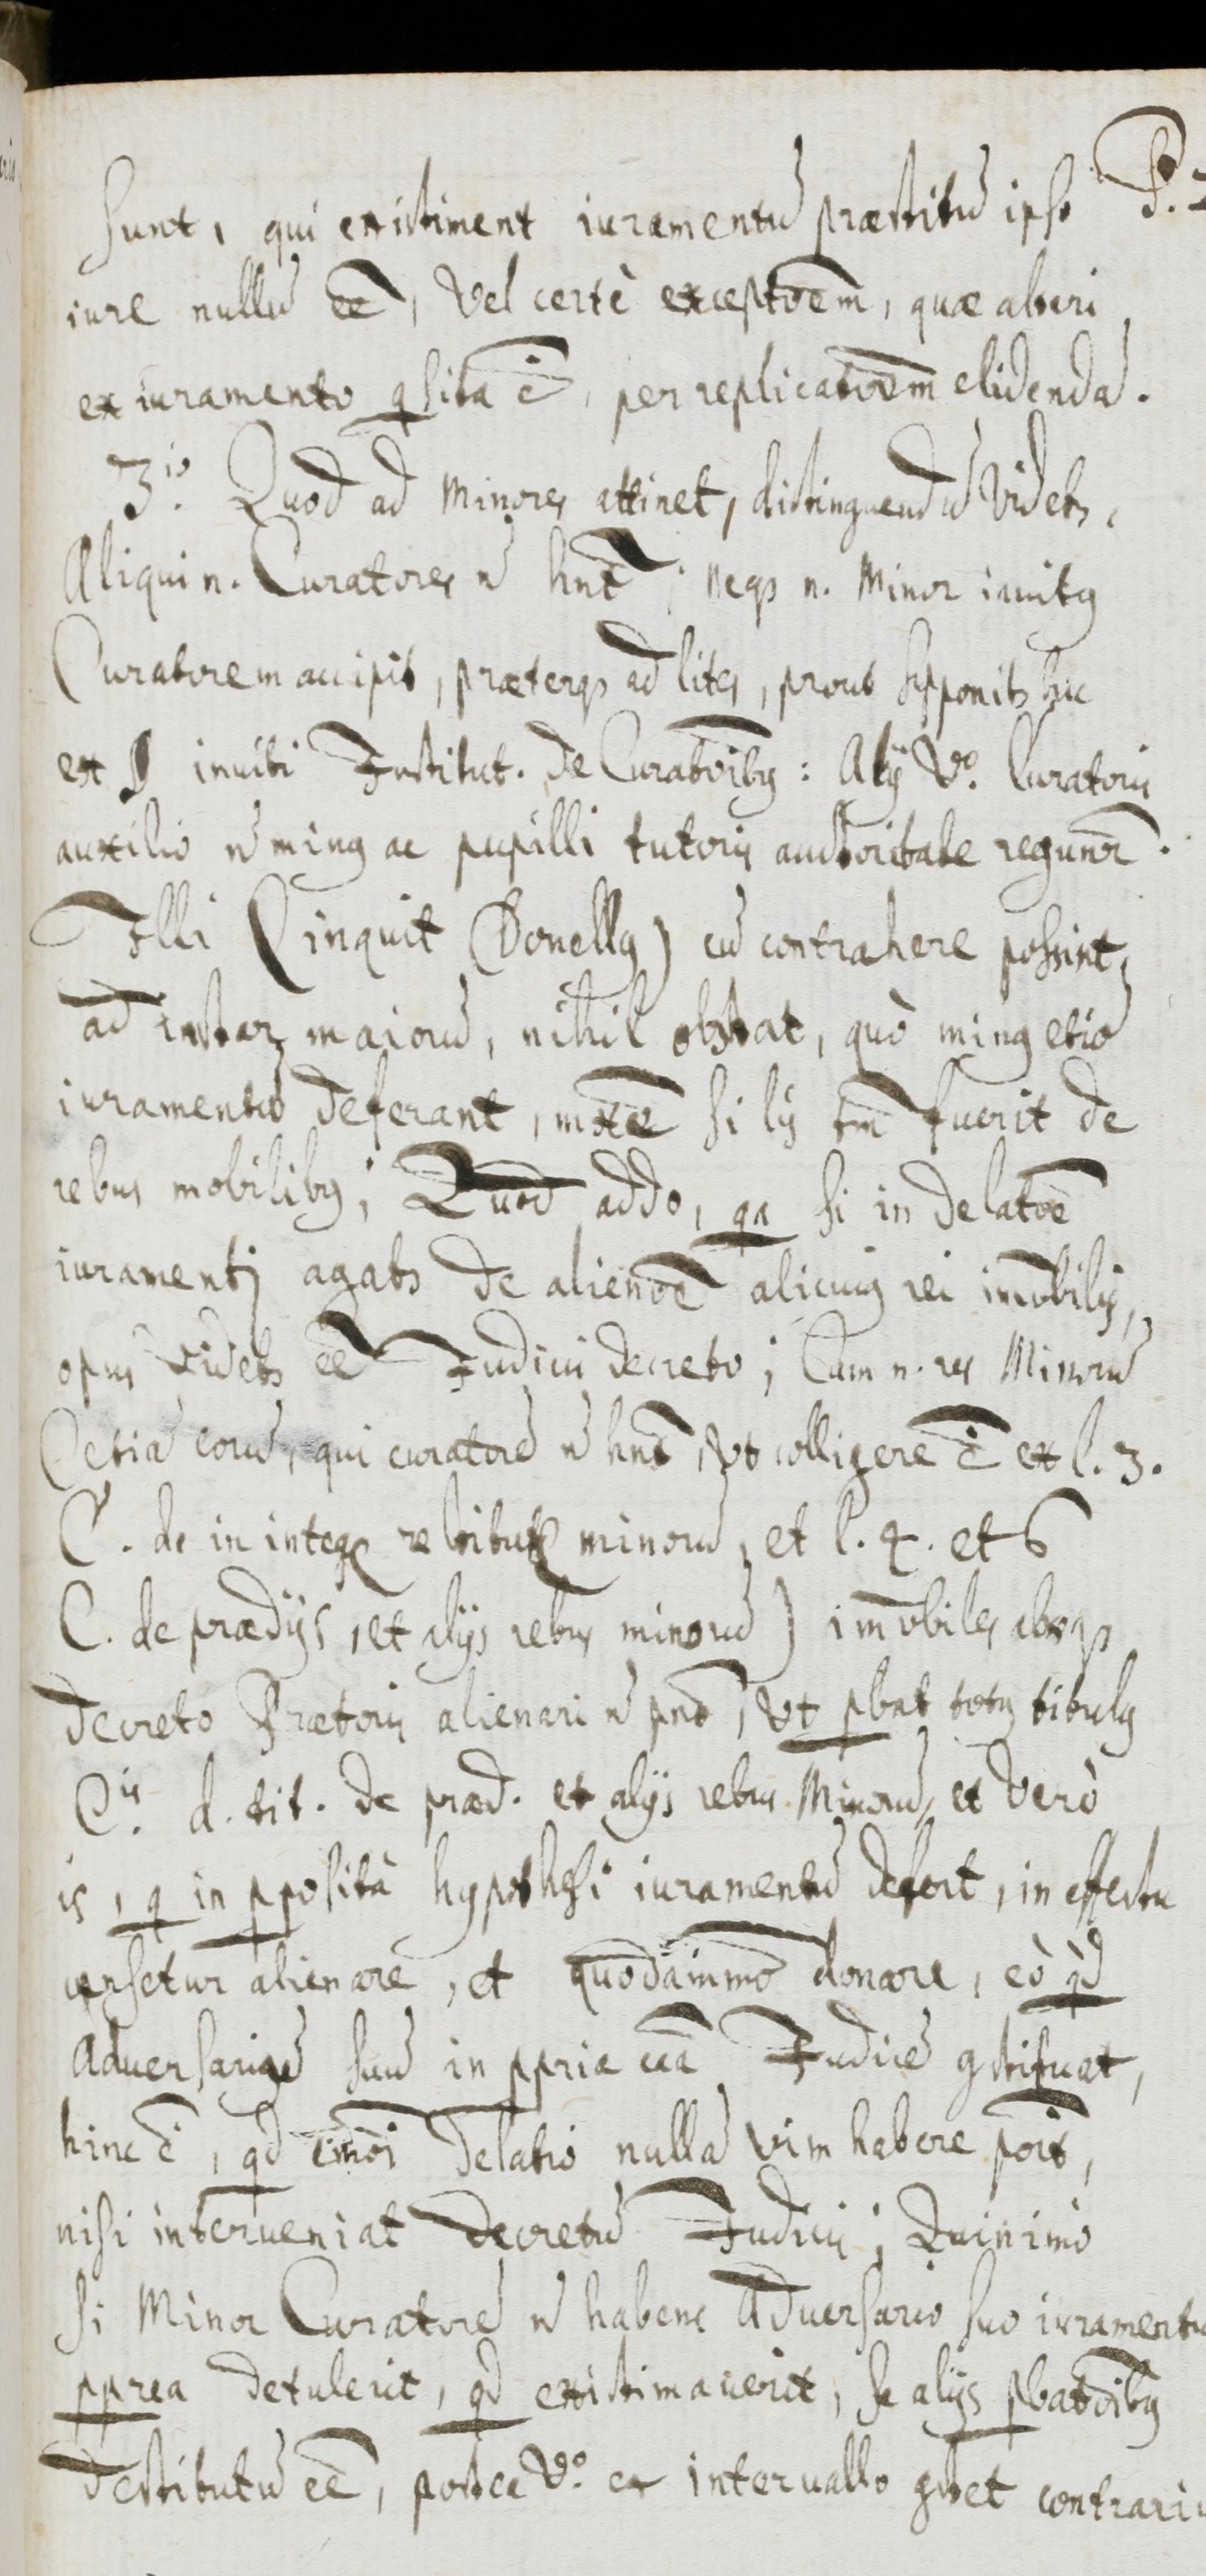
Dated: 1655–1655